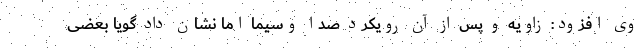
وی افزود: زاویه و پس از آن رویکرد صدا وسیما اما نشان داد گویا بعضی